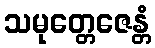
သမုတ္တေဇေန္တံ